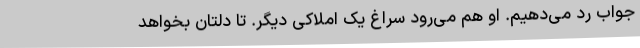
جواب رد می‌دهیم. او هم می‌رود سراغ یک املاکی دیگر. تا دلتان بخواهد